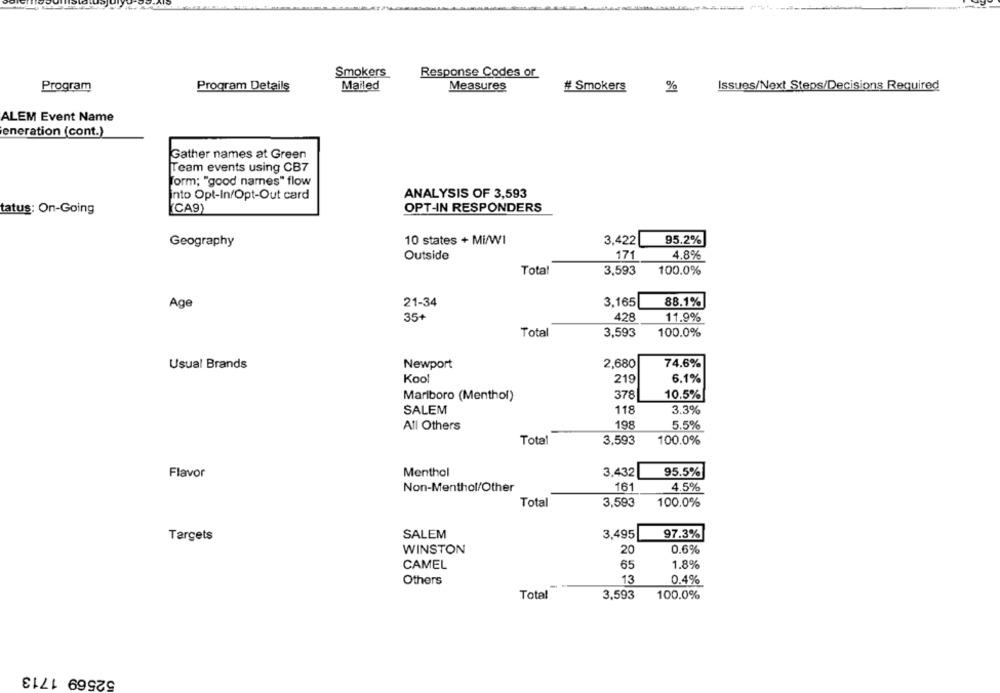
Smokers
Response Codes or
Program
Program Details
Mailed
Measures
# Smokers
%
Issues/Next Steps/Decisions Required
ALEM Event Name
eneration (cont.)
Gather names at Green
Team events using CB7
form; "good names" flow
ANALYSIS OF 3,593
into Opt-In/Opt-Out card
CA9)
OPT-IN RESPONDERS
tatus: On-Going
10 states + Mi/WI
3,422
95.2%
Geography
Outside
171
4.8%
Total
3,593
100.0%
Age
21-34
3,165
88.1%
35+
428
11.9%
Total
3,593
100.0%
Usual Brands
Newport
2,680
74.6%
Kool
219
6.1%
378
10.5%
Mariboro (Menthol)
SALEM
118
3.3%
All Others
198
5.5%
Total
3,593
100.0%
Flavor
Menthol
3,432
95.5%
Non-Menthol/Other
161
4.5%
Total
3,593
100.0%
SALEM
3,495
97.3%
Targets
WINSTON
20
0.6%
CAMEL
65
1.8%
Others
13
0.4%
Total
3,593
100.0%
52569 1713